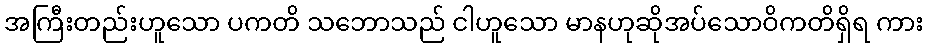
အကြီးတည်းဟူသော ပကတိ သဘောသည် ငါဟူသော မာနဟုဆိုအပ်သောဝိကတိရှိရ ကား